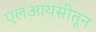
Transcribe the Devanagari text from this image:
एलआयसीतून